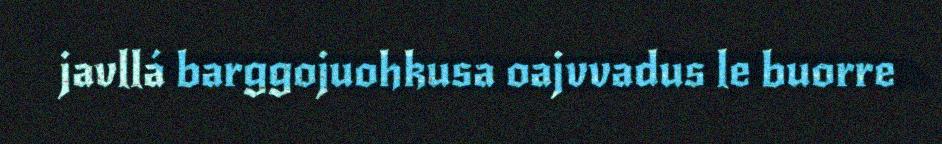
javllá barggojuohkusa oajvvadus le buorre